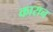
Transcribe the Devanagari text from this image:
कारान